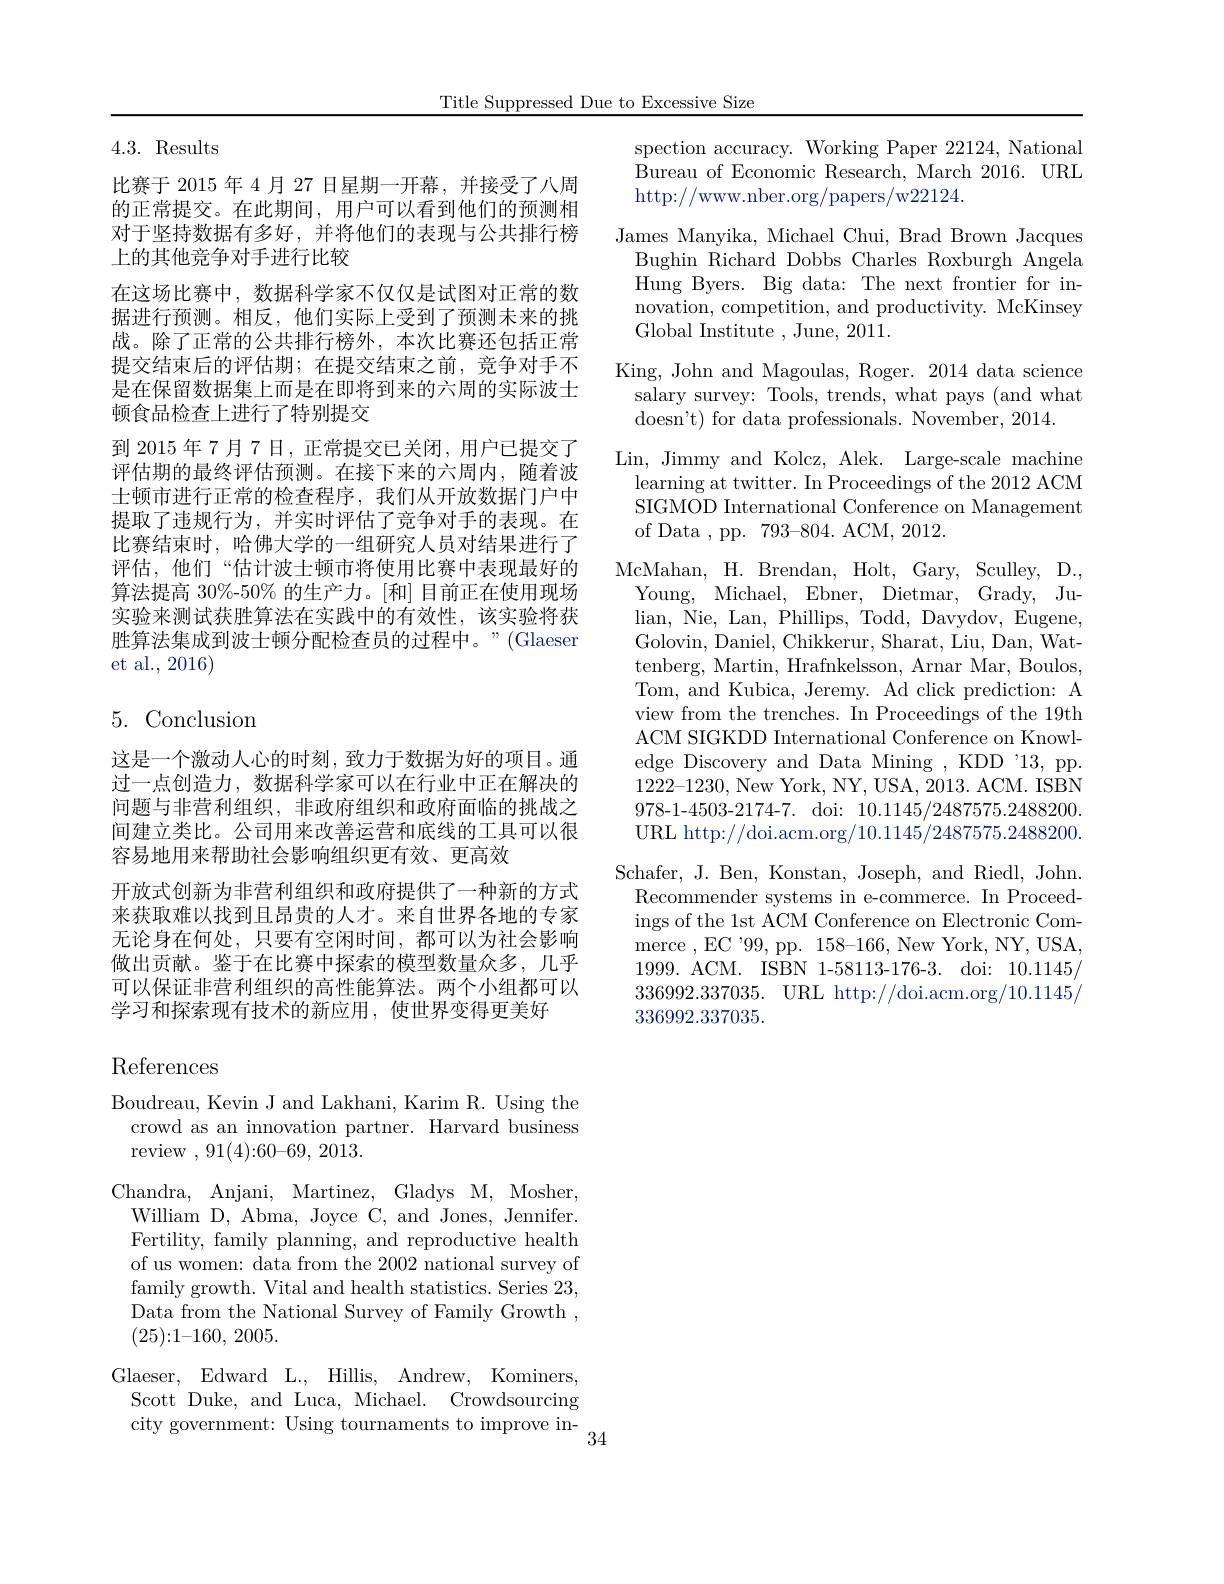
Title Suppressed Due to Excessive Size

4.3. Results

比赛于 2015 年 4 月 27 日星期一开幕 , 并接受了八周的正常提交。在此期间，用户可以看到他们的预测相对于坚持数据有多好，并将他们的表现与公共排行榜上的其他竞争对手进行比较
在这场比赛中，数据科学家不仅仅是试图对正常的数据进行预测。相反，他们实际上受到了预测未来的挑战。除了正常的公共排行榜外，本次比赛还包括正常提交结束后的评估期；在提交结束之前，竞争对手不是在保留数据集上而是在即将到来的六周的实际波士顿食品检查上进行了特别提交
到 2015 年 7 月 7 日，正常提交已关闭，用户已提交了评估期的最终评估预测。在接下来的六周内，随着波士顿市进行正常的检查程序，我们从开放数据门户中提取了违规行为，并实时评估了竞争对手的表现。在比赛结束时，哈佛大学的一组研究人员对结果进行了评估，他们“估计波士顿市将使用比赛中表现最好的算法提高 30%-50% 的生产力。[和] 目前正在使用现场实验来测试获胜算法在实践中的有效性，该实验将获胜算法集成到波士顿分配检查员的过程中。”(Glaeser et al., 2016)

## 5.Conclusion

这是一个激动人心的时刻，致力于数据为好的项目。通过一点创造力，数据科学家可以在行业中正在解决的问题与非营利组织，非政府组织和政府面临的挑战之间建立类比。公司用来改善运营和底线的工具可以很容易地用来帮助社会影响组织更有效、更高效
开放式创新为非营利组织和政府提供了一种新的方式来获取难以找到且昂贵的人才。来自世界各地的专家无论身在何处，只要有空闲时间，都可以为社会影响做出贡献。鉴于在比赛中探索的模型数量众多，几乎可以保证非营利组织的高性能算法。两个小组都可以学习和探索现有技术的新应用，使世界变得更美好

## References

Boudreau, Kevin J and Lakhani, Karim R. Using the crowd as an innovation partner. Harvard business review ,91(4){:}60{-}69,2013.
Chandra, Anjani, Martinez, Gladys M, Mosher,
William D, Abma, Joyce C, and Jones, Jennifer. Fertility, family planning, and reproductive health of us women: data from the 2002 national survey of family growth. Vital and health statistics. Series 23, Data from the National Survey of Family Growth , (25){:}1{-}160, 2005.
Glaeser, Edward L., Hillis, Andrew, Kominers, Scott Duke, and Luca, Michael. Crowdsourcing city government: Using tournaments to improve in- $_{34}$

spection accuracy. Working Paper 22124, National Bureau of Economic Research, March 2016. URL http://www.nber.org/papers/w22124.
James Manyika, Michael Chui, Brad Brown Jacques Bughin Richard Dobbs Charles Roxburgh Angela Hung Byers. Big data: The next frontier for innovation, competition, and productivity. McKinsey Global Institute , June, 2011.
King, John and Magoulas, Roger. 2014 data science
salary survey: Tools, trends, what pays (and what
doesn't) for data professionals. November, 2014.
Lin, Jimmy and Kolcz, Alek. Large-scale machine
learning at twitter. In Proceedings of the 2012 ACM SIGMOD International Conference on Management of Data , pp. $793–804.$ ACM, 2012.
McMahan, H. Brendan, Holt, Gary, Sculley, D., Young, Michael, Ebner, Dietmar, Grady, Julian, Nie, Lan, Phillips, Todd, Davydov, Eugene, Golovin, Daniel, Chikkerur, Sharat, Liu, Dan, Wattenberg, Martin, Hrafnkelsson, Arnar Mar, Boulos, Tom, and Kubica, Jeremy. Ad click prediction: A view from the trenches. In Proceedings of the 19th ACM SIGKDD International Conference on Knowledge Discovery and Data Mining , KDD '13, pp. 1222-1230, New York, NY, USA, 2013. ACM. ISBN 978-1-4503-2174-7. doi: 10.1145/2487575.2488200. URL http://doi.acm.org/10.1145/2487575.2488200.
Schafer, J. Ben, Konstan, Joseph, and Riedl, John. Recommender systems in e-commerce. In Proceedings of the 1st ACM Conference on Electronic Commerce ,EC '99,pp.158-166,New York, NY, USA, 1999. ACM. ISBN 1-58113-176-3. doi: 10.1145/ 336992.337035. URL http://doi.acm.org/10.1145/ 336992.337035.